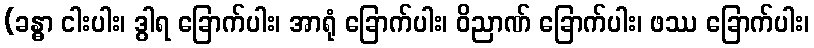
(ခန္ဓာ ငါးပါး၊ ဒွါရ ခြောက်ပါး၊ အာရုံ ခြောက်ပါး၊ ဝိညာဏ် ခြောက်ပါး၊ ဖဿ ခြောက်ပါး၊